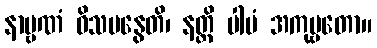
နာဗ္ဗဏံ ဝိသမနွေတိ၊ နတ္ထိ ပါပံ အကုဗ္ဗတော။